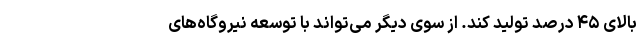
بالای ۴۵ درصد تولید کند. از سوی دیگر می‌تواند با توسعه نیروگاه‌های